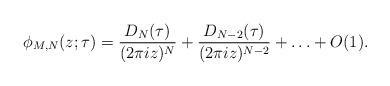
LaTeX: \begin{align*}\phi_{M,N}(z;\tau)=\frac{D_N(\tau)}{(2\pi iz)^N}+\frac{D_{N-2}(\tau)}{(2\pi iz)^{N-2}}+\ldots+O(1).\end{align*}